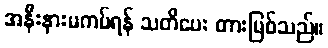
အနီးနားမကပ်ရန် သတိပေး တားမြစ်သည်။